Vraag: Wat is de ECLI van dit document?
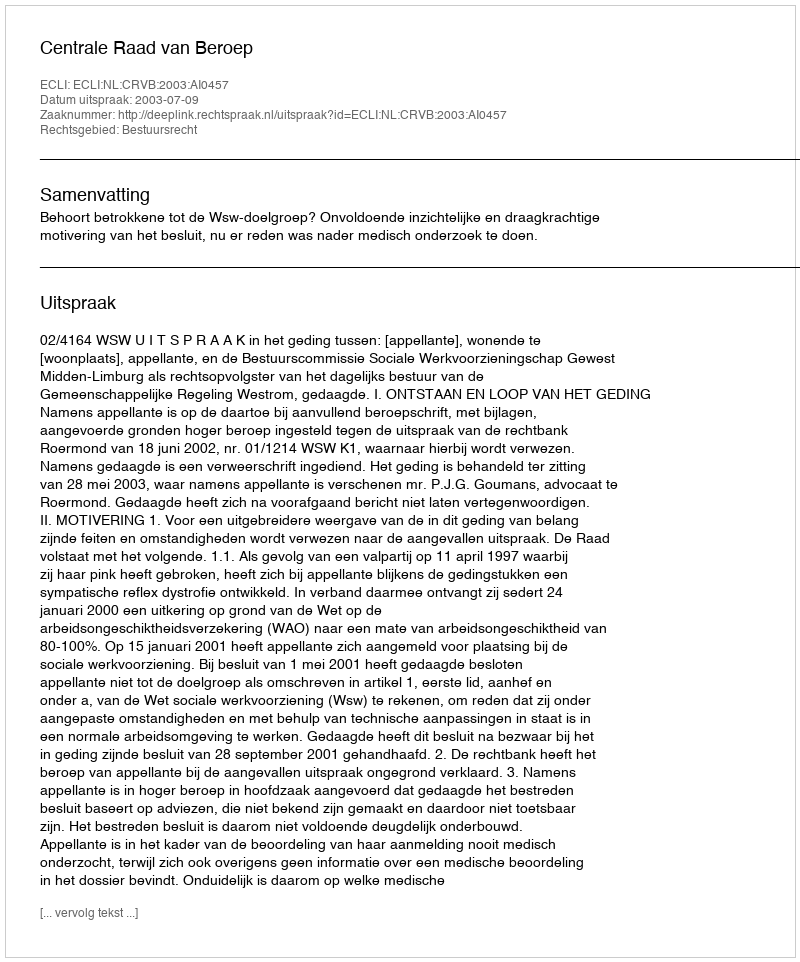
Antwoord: ECLI:NL:CRVB:2003:AI0457